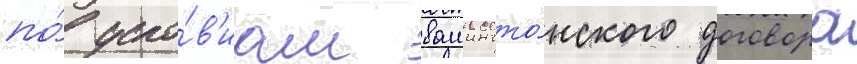
по́ усло́в'иам вашингто́нского договора